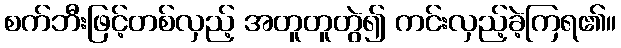
စက်ဘီးဖြင့်တစ်လှည့် အတူတူတွဲ၍ ကင်းလှည့်ခဲ့ကြရ၏။